Vaccination North-Western Provinces 1866-1877 - 1866-1877
Year: 1866
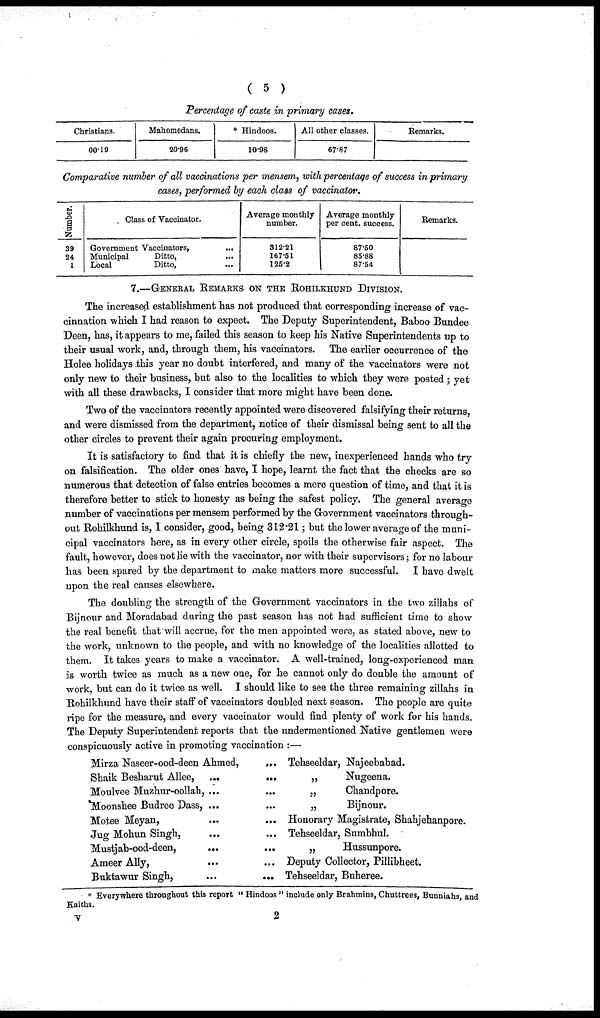
( 5 )
Percentage of caste in primary cases.
Christians.
00.19
Mahomedans.
20.96
* Hindoos.
10.98
All other classes.
67.87
Remarks.
Comparative number of all vaccinations per mensem, with percentage of success in primary
cases, performed by each class of vaccinator.
Number.
39
24
1
Class of Vaccinator.
Government Vaccinators, ...
Municipal
Ditto,
...
Local
Ditto, ...
Average monthly
number.
312.21
167.51
12.62
Average monthly
per cent. success.
87.50
85.88
87.54
Remarks.
7.—GENRRAL REMARKS ON THE ROHILKHUND DIVISION.
The increased establishment has not produced that corresponding increase of vac¬
cinnation which I had reason to expect. The Deputy Superintendent, Baboo Bundee
Deen, has, it appears to me, failed this season to keep his Native Superintendents up to
their usual work, and, through them, his vaccinators. The earlier occurrence of the
Holee holidays this year no doubt interfered, and many of the vaccinators were not
only new to their business, but also to the localities to which they were posted ; yet
with all these drawbacks, I consider that more might have been done.
Two of the vaccinators recently appointed were discovered falsifying their returns,
and were dismissed from the department, notice of their dismissal being sent to all the
other circles to prevent their again procuring employment.
It is satisfactory to find that it is chiefly the new, inexperienced hands who try
on falsification. The older ones have, I hope, learnt the fact that the checks are so
numerous that detection of false entries becomes a mere question of time, and that it is
therefore better to stick to honesty as being the safest policy. The general average
number of vaccinations per mensem performed by the Government vaccinators through-
out Rohilkhund is, 1 consider, good, being 312.21; but the lower average of the muni-
cipal vaccinators here, as in every other circle, spoils the otherwise fair aspect. The
fault, however, does not lie with the vaccinator, nor with their supervisors; for no labour
has been spared by the department to make matters more successful. I have dwelt
upon the real causes elsewhere.
The doubling the strength of the Government vaccinators in the two zillahs of
Bijnour and Moradabad during the past season has not had sufficient time to show
the real benefit that will accrue, for the men appointed were, as stated above, new to
the work, unknown to the people, and with no knowledge of the localities allotted to
them. It takes years to make a vaccinator. A well-trained, long-experienced man
is worth twice as much as a new one, for he cannot only do double the amount of
work, but can do it twice as well. I should like to see the three remaining zillahs in
Rohilkhund have their staff of vaccinators doubled next season. The people are quite
ripe for the measure, and every vaccinator would find plenty of work for his hands.
The Deputy Superintendent reports that the undermentioned Native gentlemen were
conspicuously active in promoting vaccination :—
Mirza Naseer-ood-deen Ahmed,
... ...
Shaik Besharut Allee, ...
...
Moulvee Muzhur-oollah, ...
...
Moonshee Budree Dass, ...
...
Motee Meyan,
... ...
Jug Mohun Singh,
...
...
Mustjab-ood-deen,
...
...
Ameer Ally,
... ...
Buktawur Singh,
... ...
Tehseeldar, Najeebabad.
„
Nugeena.
„
Chandpore.
„
Bijnour.
Honorary Magistrate, Shahjehanpore.
Tehseeldar, Sumbhul.
„
Hussunpore.
Deputy Collector, Pillibheet.
Tehseeldar, Buheree.
* Everywhere throughout this report " Hindoos " include only Brahmins, Chuttrees, Bunniahs, and
Kaiths.
V
2